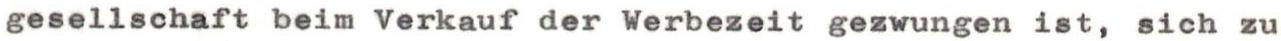
gesellschaft beim Verkauf der Werbezeit gezwungen ist, sich zu